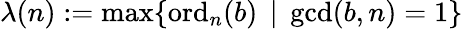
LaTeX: \lambda(n):=\operatorname*{max}\{ \operatorname{ord}_{n}(b)\, \mid\, \operatorname*{gcd}(b,n)=1\}